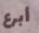
أبرع